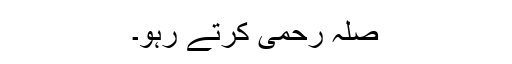
صلہ رحمی کرتے رہو۔